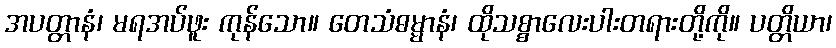
အပတ္တာနံ၊ မရအပ်ဖူး ကုန်သော။ တေသံဓမ္မာနံ၊ ထိုသစ္စာလေးပါးတရားတို့ကို။ ပတ္တိယာ၊